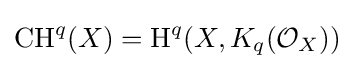
\operatorname {CH} ^{q}(X)=\operatorname {H} ^{q}(X,K_{q}({\mathcal {O}}_{X}))